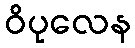
ဝိပုလေန